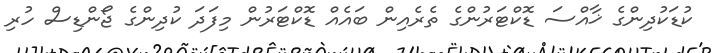
ކުޑަކުދިންގެ ޚާއްސަ ޑޮކްޓަރުންގެ ތެރެއިން ބައެއް ޑޮކްޓަރުން މިފަދަ ކުދިންގެ ޖޯންޑިސް ހުރި